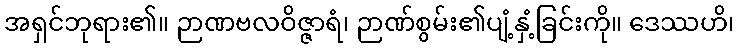
အရှင်ဘုရား၏။ ဉာဏဗလဝိဇ္ဇာရံ၊ ဉာဏ်စွမ်း၏ပျံ့နှံ့ခြင်းကို။ ဒေဿဟိ၊